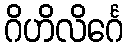
ဂိဟိလိင်္ဂေ